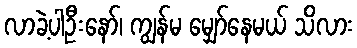
လာခဲ့ပါဦးနော်၊ ကျွန်မ မျှော်နေမယ် သိလား